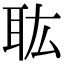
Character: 耾